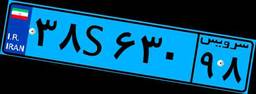
۳۸S۶۳۰۹۸